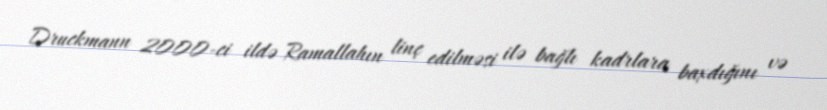
Druckmann 2000-ci ildə Ramallahın linç edilməsi ilə bağlı kadrlara baxdığını və